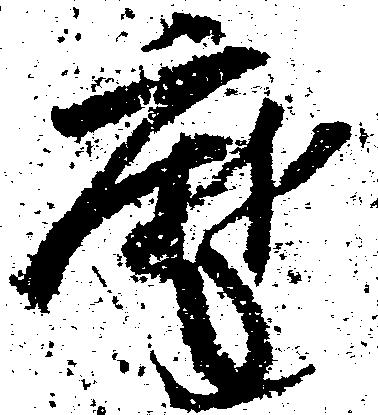
摩